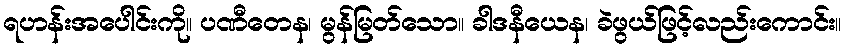
ရဟန်းအပေါင်းကို။ ပဏီတေန၊ မွန်မြတ်သော။ ခါဒနီယေန၊ ခဲဖွယ်ဖြင့်လည်းကောင်း။